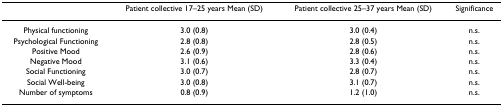
|  | Patient collective 17–25 years Mean (SD) | Patient collective 25–37 years Mean (SD) | Significance |
 | --- | --- | --- | --- |
 | Physical functioning | 3.0 (0.8) | 3.0 (0.4) | n.s. |
 | Psychological Functioning | 2.8 (0.8) | 2.8 (0.5) | n.s. |
 | Positive Mood | 2.6 (0.9) | 2.8 (0.6) | n.s. |
 | Negative Mood | 3.1 (0.6) | 3.3 (0.4) | n.s. |
 | Social Functioning | 3.0 (0.7) | 2.8 (0.7) | n.s. |
 | Social Well-being | 3.0 (0.8) | 3.1 (0.7) | n.s. |
 | Number of symptoms | 0.8 (0.9) | 1.2 (1.0) | n.s. |